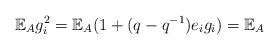
LaTeX: \begin{align*} \mathbb{E}_{A} g_i^2 = \mathbb{E}_{A} (1+ (q-q^{-1})e_i g_i ) = \mathbb{E}_{A}\end{align*}